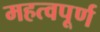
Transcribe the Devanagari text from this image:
महत्वपूर्ण